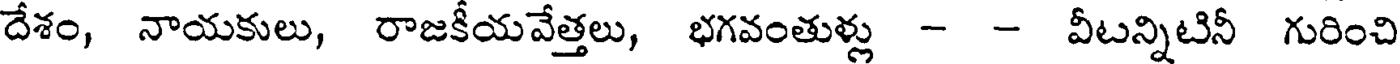
దేశం, నాయకులు, రాజకీయవేత్తలు, భగవంతుళ్లు - - వీటన్నిటినీ గురించి